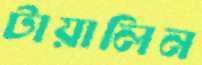
টায়ালিন